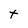
Character: t